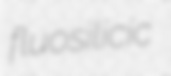
fluosilicic